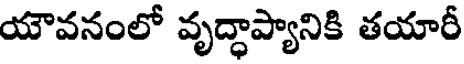
యౌవనంలో వృద్ధాప్యానికి తయారీ